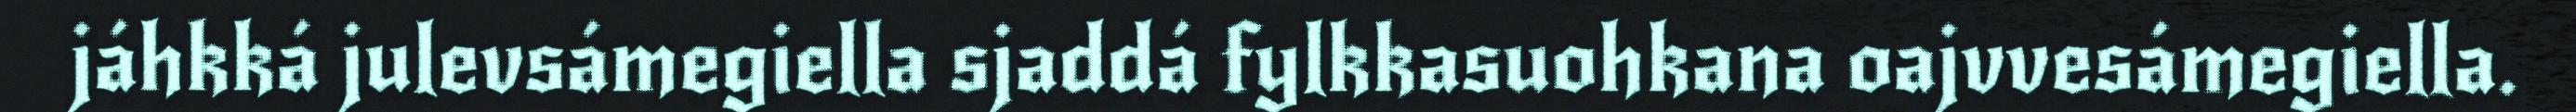
jáhkká julevsámegiella sjaddá fylkkasuohkana oajvvesámegiella.